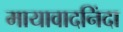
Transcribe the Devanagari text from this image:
मायावादनिंदा